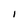
Character: l